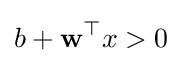
b+\mathbf {w} ^{\top }x>0